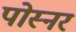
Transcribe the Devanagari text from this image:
पोस्‍नर